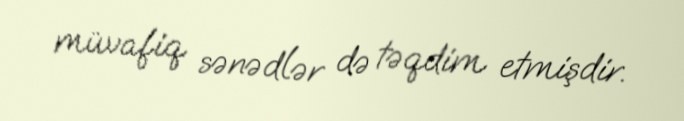
müvafiq sənədlər də təqdim etmişdir.